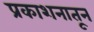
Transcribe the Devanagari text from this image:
प्रकाशनातून